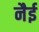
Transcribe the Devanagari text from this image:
नैई